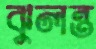
ঝুলন্ত